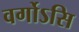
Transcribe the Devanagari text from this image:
वर्गोऽसि